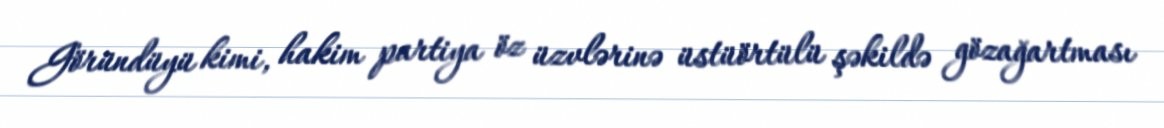
Göründüyü kimi, hakim partiya öz üzvlərinə üstüörtülü şəkildə gözağartması